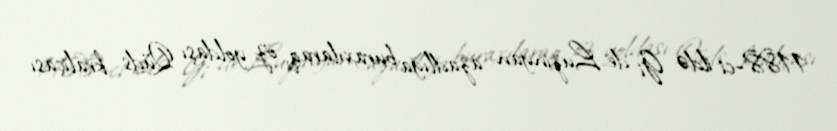
1188-ci ildə Gi de Luzinyan azadlığa buraxılaraq, öz yoldaşı Qüds kraliçası